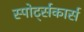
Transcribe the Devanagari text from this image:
स्पोर्ट्सकार्स